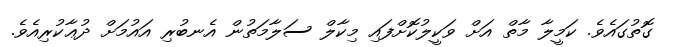
ގޮތުގައެވެ. ކަމީލާ މާތް އަށް ވަކީލުކޮށްފައި މިކާލް ސަލާމަތުން އެނބުރި އައުމަށް ދުޢާކުރިއެވެ.